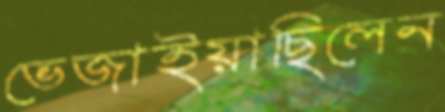
ভেজাইয়াছিলেন